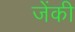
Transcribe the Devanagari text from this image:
जेंकी